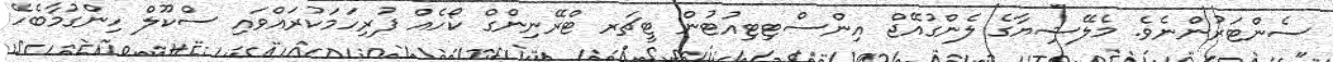
ސެންޓަރުންނެވެ. މެލޭޝިޔާގެ ލެންގުއޭޖް އިންސްޓިޓިއުޓުން ޓީޗަރ ޓްރޭނިންގް ކޯހެއް ފުރިހަމަކުރައްވައި ސްކޫލް ހިންގުމާބެހޭ